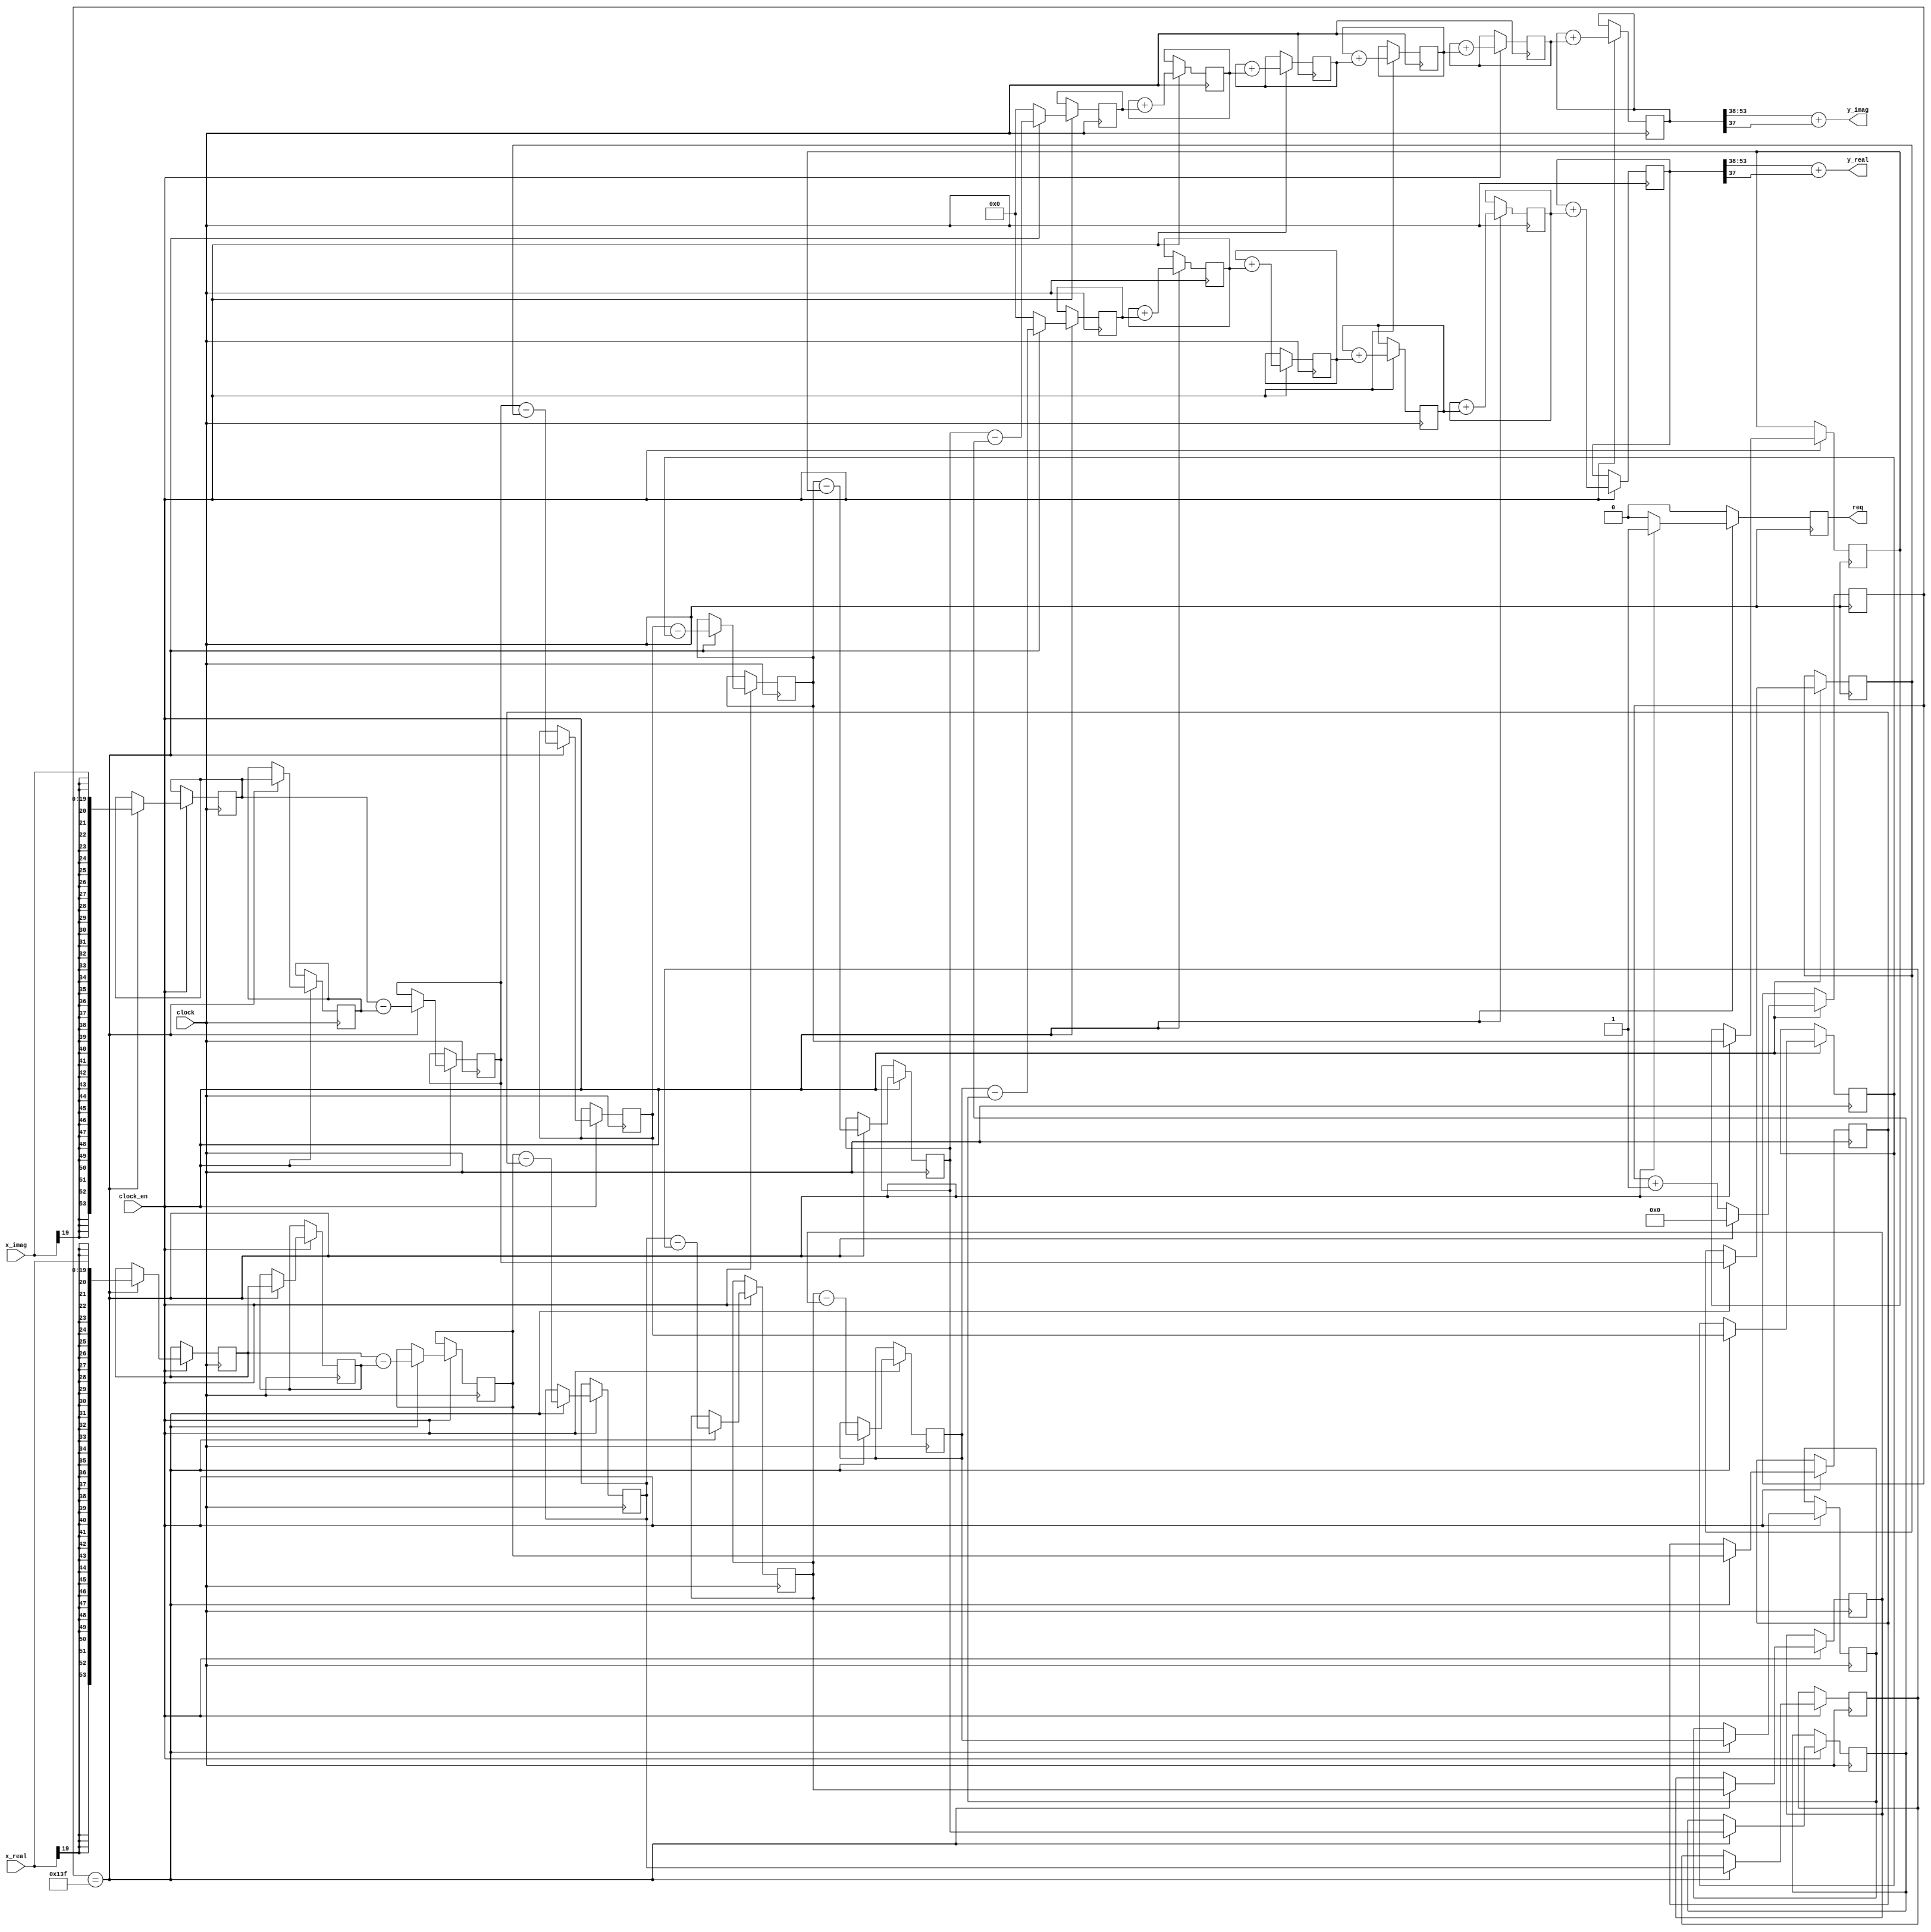
module CicInterpM5(
    input clock,
    input clock_en,             // enable an output sample
    output reg req,             // request the next input sample
    input signed [IBITS-1:0] x_real,    // input samples
    input signed [IBITS-1:0] x_imag,
    output signed [OBITS-1:0] y_real,   // output samples
    output signed [OBITS-1:0] y_imag
    );
    
    parameter RRRR = 320;       // interpolation; limited by size of counter
    parameter IBITS = 20;       // input bits
    parameter OBITS = 16;       // output bits
    parameter GBITS = 34;       //log2(RRRR ** 4);  // growth bits: growth is R**M / R
    // Note: log2() rounds UP to the next integer - Not available in Verilog!
    localparam CBITS = IBITS + GBITS;   // calculation bits

    reg [8:0] counter;      // increase for higher maximum RRRR  **** was [7:0]

    reg signed [CBITS-1:0] x0, x1, x2, x3, x4, x5, dx0, dx1, dx2, dx3, dx4;     // variables for comb, real
    reg signed [CBITS-1:0] y1, y2, y3, y4, y5;  // variables for integrator, real
    reg signed [CBITS-1:0] q0, q1, q2, q3, q4, q5, dq0, dq1, dq2, dq3, dq4;     // variables for comb, imag
    reg signed [CBITS-1:0] s1, s2, s3, s4, s5;  // variables for integrator, imag

    wire signed [CBITS-1:0] sxtxr, sxtxi;
    assign sxtxr = {{(CBITS - IBITS){x_real[IBITS-1]}}, x_real};    // sign extended
    assign sxtxi = {{(CBITS - IBITS){x_imag[IBITS-1]}}, x_imag};
    assign y_real = y5[CBITS-1 -:OBITS] + y5[(CBITS-1)-OBITS];      // output data  with truncation to remove DC spur
    assign y_imag = s5[CBITS-1 -:OBITS] + s5[(CBITS-1)-OBITS];
    
    initial
    begin
        counter = 0;
        req = 0;
        x0 = 0;
        x1 = 0;
        x2 = 0;
        x3 = 0;
        x4 = 0;
        x5 = 0;
        q0 = 0;
        q1 = 0;
        q2 = 0;
        q3 = 0;
        q4 = 0;
        q5 = 0;
        y1 = 0;
        y2 = 0;
        y3 = 0;
        y4 = 0;
        y5 = 0;
        s1 = 0;
        s2 = 0;
        s3 = 0;
        s4 = 0;
        s5 = 0;
        dx0 = 0;
        dx1 = 0;
        dx2 = 0;
        dx3 = 0;
        dx4 = 0;
        dq0 = 0;
        dq1 = 0;
        dq2 = 0;
        dq3 = 0;
        dq4 = 0;
    end

    always @(posedge clock)
    begin
        if (clock_en)
        begin
            // (x0, q0) -> comb -> (x5, q5) -> interpolate -> integrate -> (y5, s5)
            if (counter == RRRR - 1)
            begin   // Process the sample (x0, q0) to get (x5, q5)
                counter <= 1'd0;
                x0 <= sxtxr;
                q0 <= sxtxi;
                req <= 1'd1;
                // Comb for real data
                x1 <= x0 - dx0;
                x2 <= x1 - dx1;         
                x3 <= x2 - dx2;             
                x4 <= x3 - dx3;             
                x5 <= x4 - dx4;         
                dx0 <= x0;
                dx1 <= x1;
                dx2 <= x2;
                dx3 <= x3;
                dx4 <= x4;
                // Comb for imaginary data
                q1 <= q0 - dq0;
                q2 <= q1 - dq1;
                q3 <= q2 - dq2;
                q4 <= q3 - dq3;
                q5 <= q4 - dq4;
                dq0 <= q0;
                dq1 <= q1;
                dq2 <= q2;
                dq3 <= q3;
                dq4 <= q4;
            end
            else
            begin
                counter <= counter + 1'd1;
                x5 <= 0;    // stuff a zero for (x5, q5)
                q5 <= 0;
                req <= 1'd0;
            end
            // Integrate the sample (x5, q5) to get the output (y5, s5)
            // Integrator for real data; input is x5
            y1 <= y1 + x5;
            y2 <= y2 + y1;
            y3 <= y3 + y2;
            y4 <= y4 + y3;
            y5 <= y5 + y4;
            // Integrator for imaginary data; input is q5
            s1 <= s1 + q5;
            s2 <= s2 + s1;
            s3 <= s3 + s2;
            s4 <= s4 + s3;
            s5 <= s5 + s4;
        end
        else
        begin
            req <= 1'd0;
        end
    end
endmodule